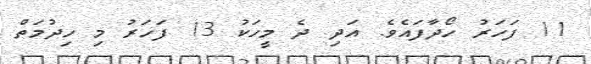
11 ފަހަރު ހޯދާފައެވެ. އަދި ދެ މީހަކު 13 ފަހަރު މި ހިދުމަތް